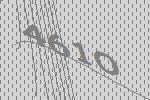
4610